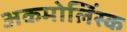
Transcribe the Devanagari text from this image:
अकमोलिंस्क